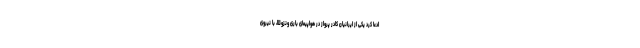
ادعا کرد یکی از ایرانیان کادر پرواز در هواپیمای باری ونزوئلا، با نیروی